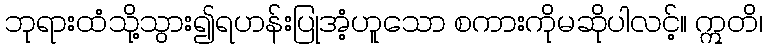
ဘုရားထံသို့သွား၍ရဟန်းပြုအံ့ဟူသော စကားကိုမဆိုပါလင့်။ ဣတိ၊